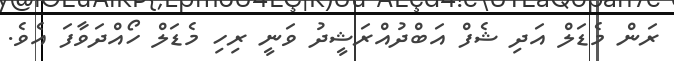
ރަން މެޑަލް އަދި ޝެފް އަބްދުއްރަޝީދު ވަނީ ރިހި މެޑަލް ހޯއްދަވާފަ އެވެ.